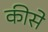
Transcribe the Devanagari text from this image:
कीसे